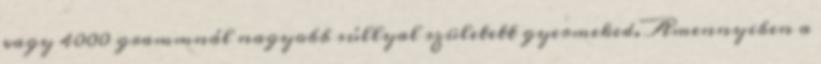
vagy 4000 grammnál nagyobb súllyal született gyermeked. Amennyiben a